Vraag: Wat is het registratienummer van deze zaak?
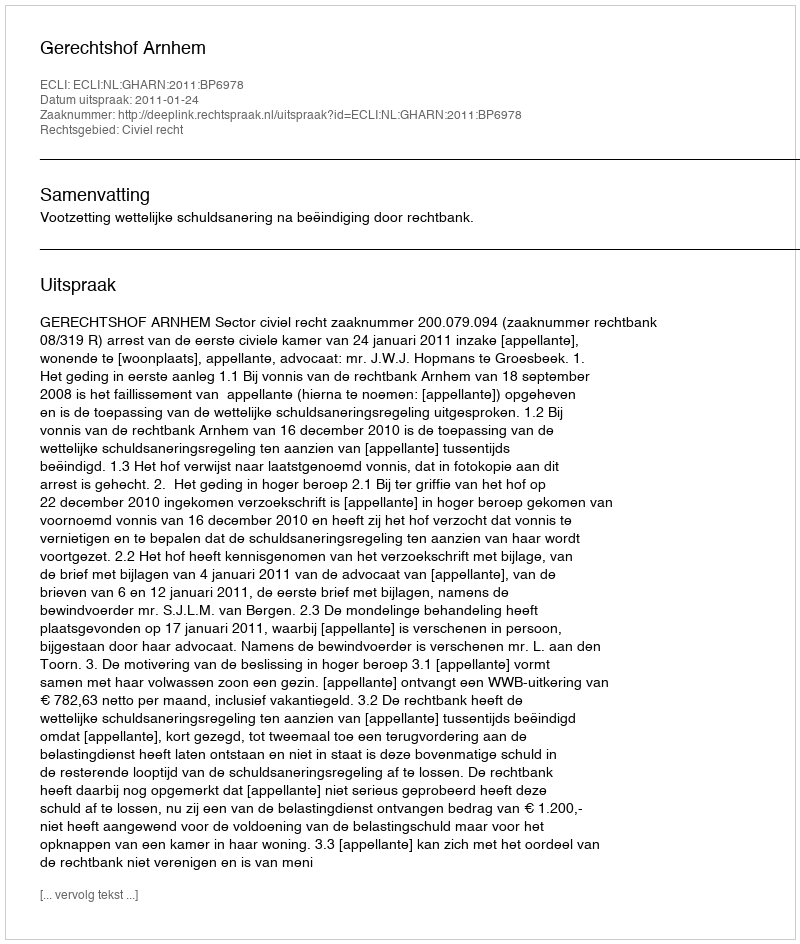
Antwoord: http://deeplink.rechtspraak.nl/uitspraak?id=ECLI:NL:GHARN:2011:BP6978